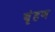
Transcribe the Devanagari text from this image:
बृंहण